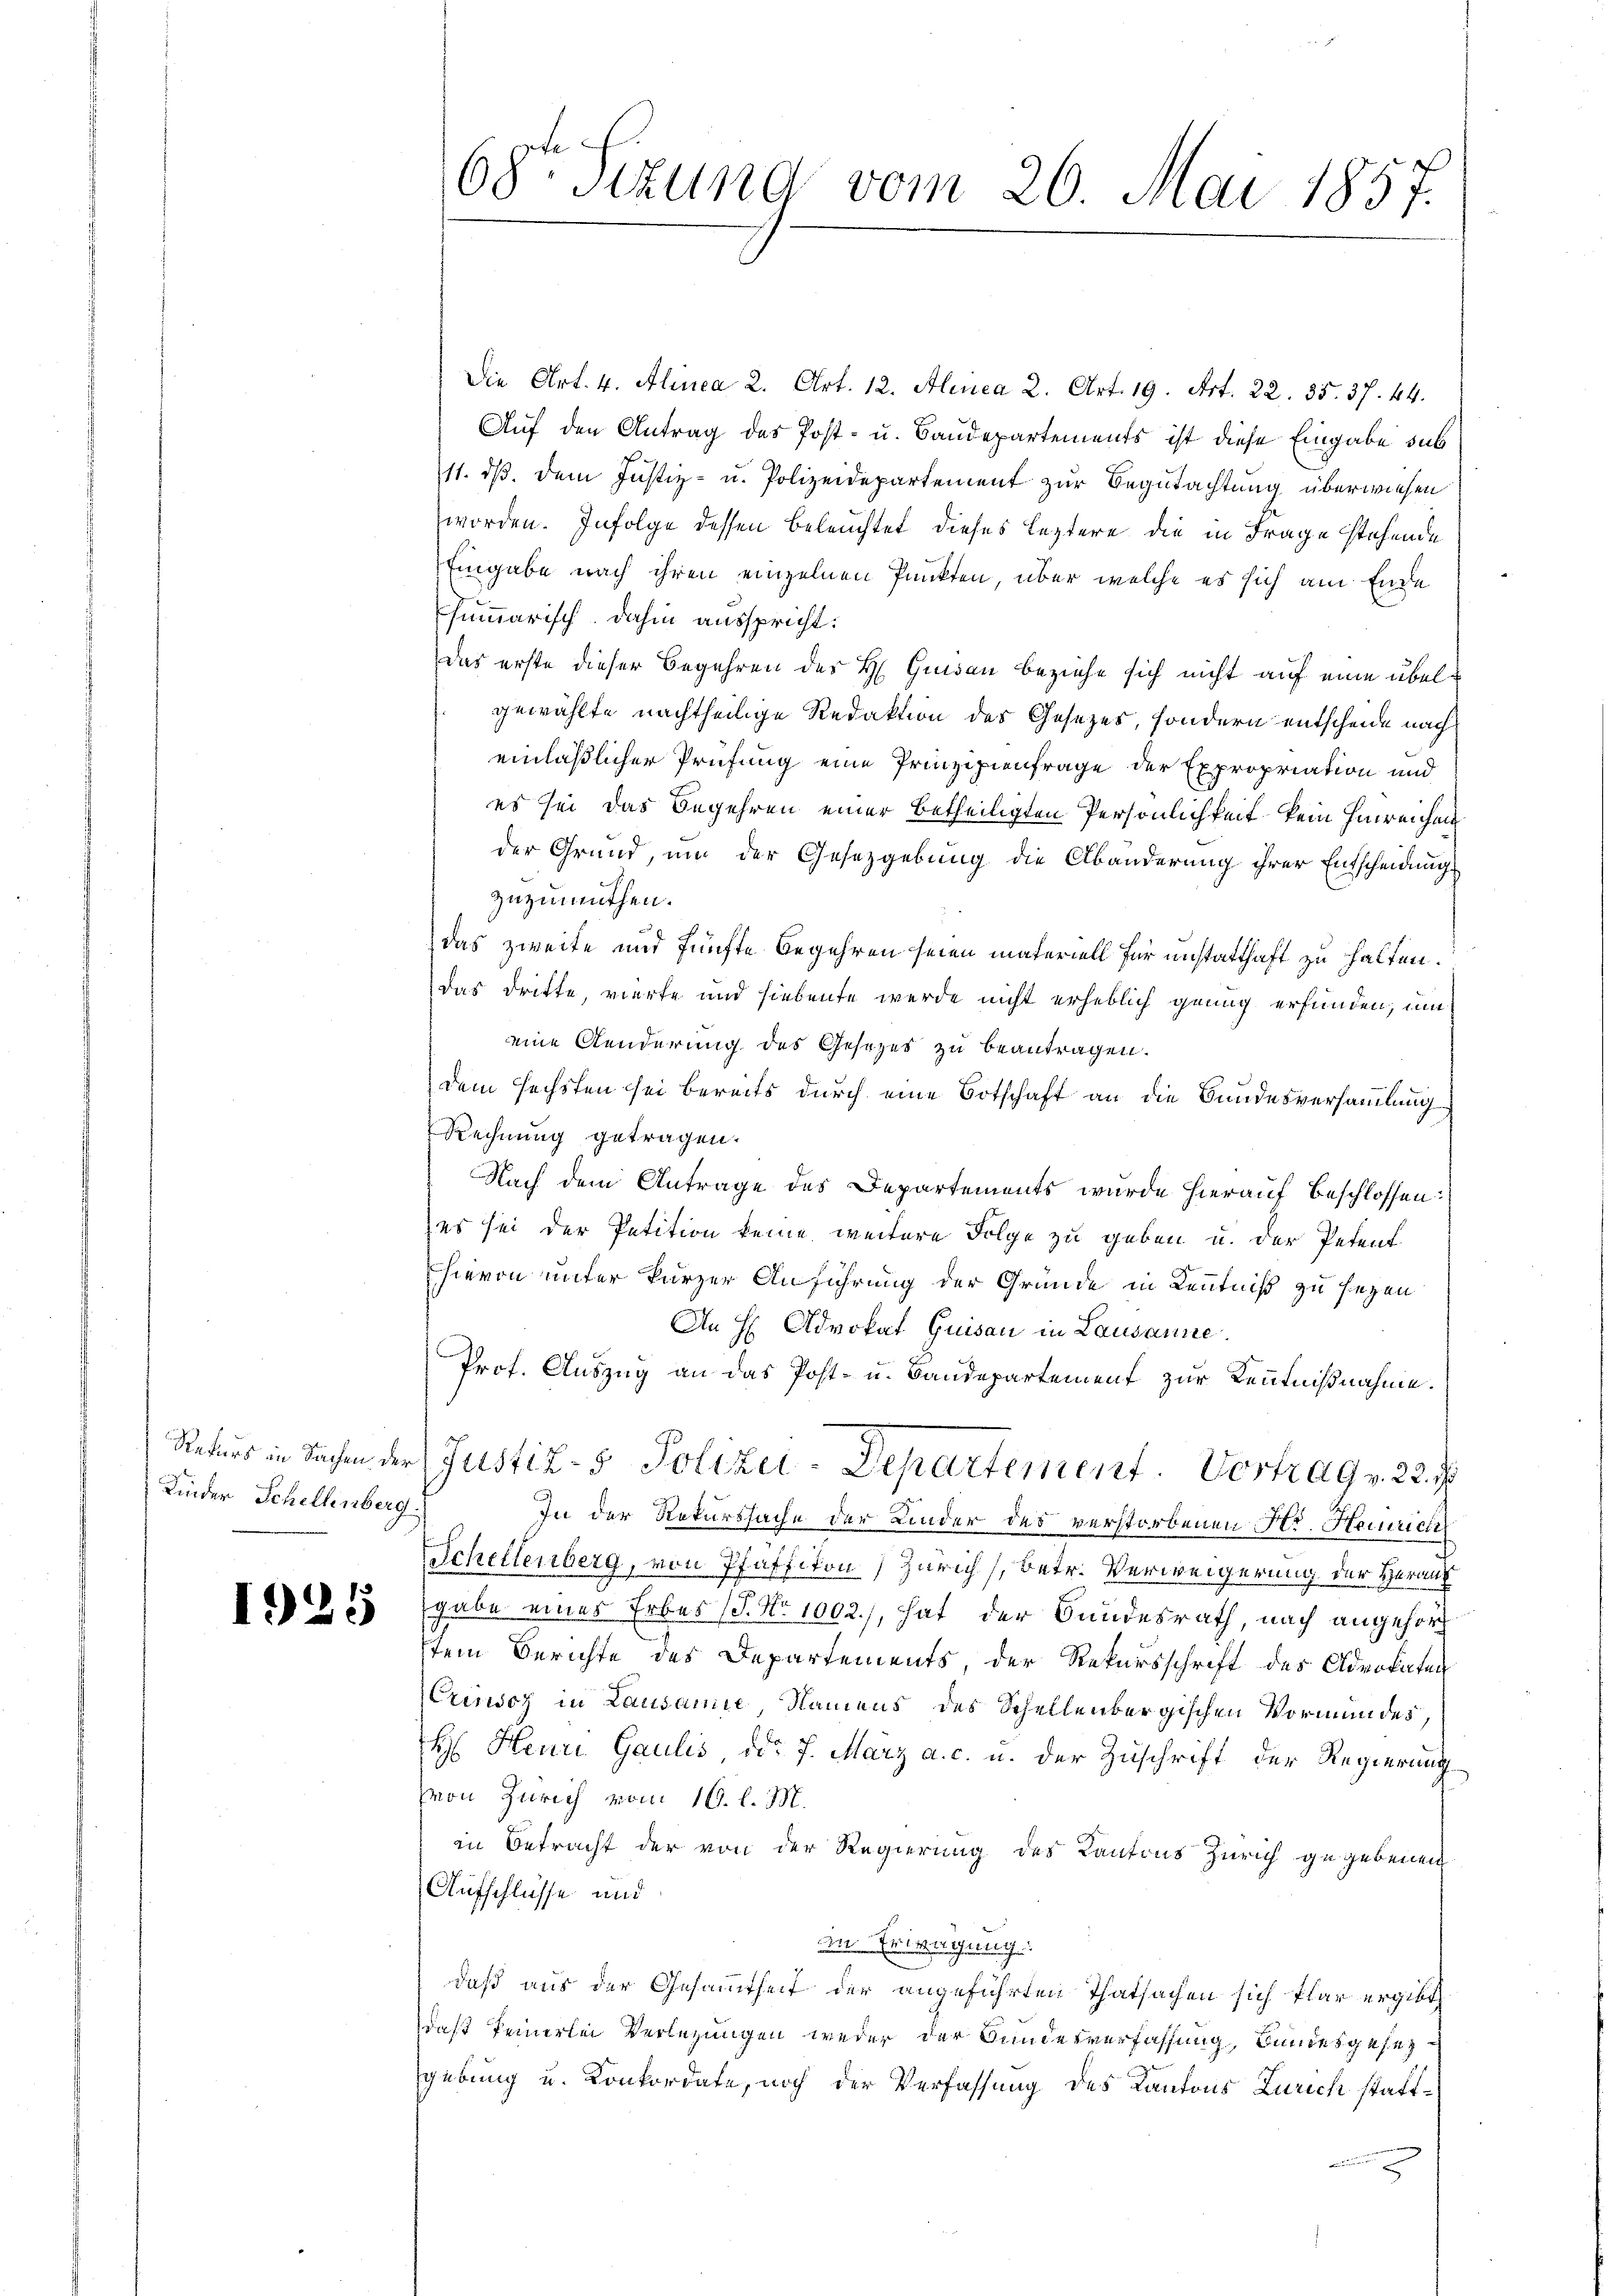
Rekurs in Sachen der
Kinder Schellenberg.

1925

68te Sitzung vom 26. Mai 1857.

Die Art. 4. Alinea 2. Art. 12. Alinea 2. Art. 19. Art. 22. 35. 37. 44.
Auf den Antrag des Post- u. Baudepartements ist diese Eingabe sub
11. ds. dem Justiz- u. Polizeidepartement zur Begutachtung überwiesen
worden. Infolge dessen beleuchtet dieses leztere die in Frage stehende
Eingabe nach ihren einzelnen Punkten über welche es sich am Ende
summarisch dahin ausspricht:
Das erste dieser Begehren des H. Gunden beziehe sich nicht auf eine übelgewählte nachtheilige Redaktion des Gesezes, sondern entscheide nach
einläßlicher Prüfung eine Prinzipienfrage der Expropriation und
es sei das Begehren einer betheiligten Persönlichkeit kein hinreichen
der Grund, um der Gesetzgebung die Abänderung ihrer Entscheidung
zuzumuthen.
das zweite und fünfte begehren seien materiell für unstatthaft zu halten.
das dritte, vierte und hiebente werde nicht erheblich genug erfunden, um
eine Aenderung des Gesetzer zu beantragen.
dem sechsten sei bereits durch eine Botschaft an die Bundesversammlung
Rechnung getragen.
Nach dem Antrage des Departements wurde hierauf beschlossen:
es sei der Petition keine weitere Folge zu geben u. der Petent
hievon unter kurzer Anführung der Gründe in Kenntniß zu seyen
An H Advokat Quisau in Lausanne
Prof. Auszug an das Post- u. Bandepartement zur Kenntnißnahme.
Justiz- & Polizu-Departement. Vortrag v. 22. J
In der Rekurssache der Kinder des verstorbenen Hr. Heinricht
Schellenberg, von Pfaffiton Zürich, betr. Verweigerung der Herauf
gabe eines Erbes (S. No 1002), hat der Bundesrath, nach angehört
stem Berichte des Departements der Rekursschrift des Advokaten
Crinos in Lausanie Namens des Schellenbergischen Vormundes,
H Henri Gaulis ddo 7. März a. c. u. der Zuschrift der Regierung
Von Zürich vom 16. l. M.
in Betracht der von der Regierung des Kantons Zürich gegebenen
Aufschlüsse und
in Erwägung.
daß aus der Gesammtheit der angeführten Thatsachen sich klar ergibt,
daß keinerlei Verlegungen weder der Bundesverfassung, Bundesgesezgebung u. Konkordate, noch der Verfassung des Kantons Zürich statt¬